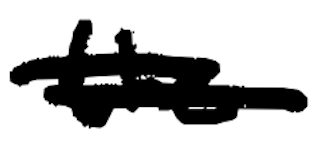
Text: the
Cross-out: double-line
Writing tool: digital_black